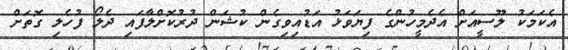
އެކަމަކު ލޫސީއަށް އެދެމީހުންގެ ފިޔަވަޅު އަޑުއިވިގެން ކުޝަން ދުރުކޮށްލާފައި ދެލޯ ފުހެލި ގޮތަށް